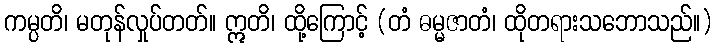
ကမ္ပတိ၊ မတုန်လှုပ်တတ်။ ဣတိ၊ ထို့ကြောင့် (တံ ဓမ္မဇာတံ၊ ထိုတရားသဘောသည်။)